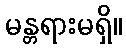
မန္တရားမရှိ။